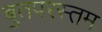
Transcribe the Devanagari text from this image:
बुतपरस्तम